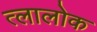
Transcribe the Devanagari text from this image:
त्लालोक